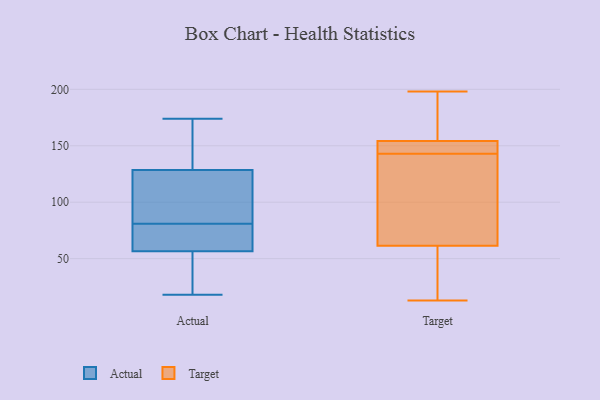
{"axis": {"x": "Page Views", "y": "Value"}, "legend": ["Actual", "Target"], "data": [{"x": "", "y": 128, "type": "Actual"}, {"x": "", "y": 113, "type": "Actual"}, {"x": "", "y": 66, "type": "Actual"}, {"x": "", "y": 65, "type": "Actual"}, {"x": "", "y": 138, "type": "Actual"}, {"x": "", "y": 100, "type": "Actual"}, {"x": "", "y": 159, "type": "Actual"}, {"x": "", "y": 31, "type": "Actual"}, {"x": "", "y": 51, "type": "Actual"}, {"x": "", "y": 79, "type": "Actual"}, {"x": "", "y": 174, "type": "Actual"}, {"x": "", "y": 83, "type": "Actual"}, {"x": "", "y": 18, "type": "Actual"}, {"x": "", "y": 62, "type": "Actual"}, {"x": "", "y": 33, "type": "Actual"}, {"x": "", "y": 129, "type": "Actual"}, {"x": "", "y": 180, "type": "Target"}, {"x": "", "y": 66, "type": "Target"}, {"x": "", "y": 13, "type": "Target"}, {"x": "", "y": 85, "type": "Target"}, {"x": "", "y": 156, "type": "Target"}, {"x": "", "y": 147, "type": "Target"}, {"x": "", "y": 143, "type": "Target"}, {"x": "", "y": 37, "type": "Target"}, {"x": "", "y": 49, "type": "Target"}, {"x": "", "y": 149, "type": "Target"}, {"x": "", "y": 147, "type": "Target"}, {"x": "", "y": 72, "type": "Target"}, {"x": "", "y": 174, "type": "Target"}, {"x": "", "y": 60, "type": "Target"}, {"x": "", "y": 198, "type": "Target"}]}